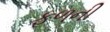
ફળની